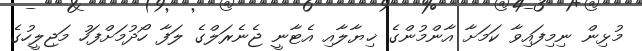
މުޅިން ނިމިފައިވާ ކަމަށާ އާންމުންގެ ޚިޔާލާއި އެޓާނީ ޖެނެރަލްގެ ލަފާ ހޯދުމަށްފަހު މަޖިލީހުގެ